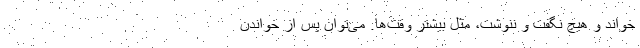
خواند و هیچ نگفت و ننوشت، مثل بیشترِ وقت‌ها. می‌توان پس از خواندنِ